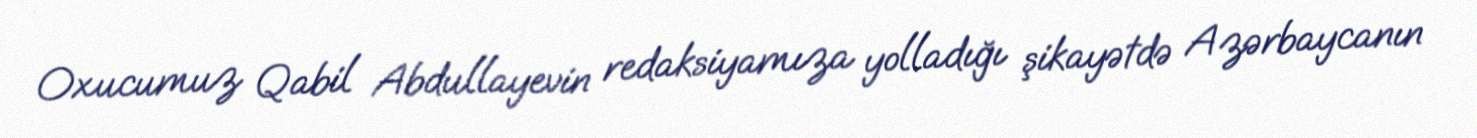
Oxucumuz Qabil Abdullayevin redaksiyamıza yolladığı şikayətdə Azərbaycanın